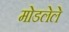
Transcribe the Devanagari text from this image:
मोडलेले